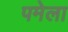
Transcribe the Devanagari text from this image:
पमेला